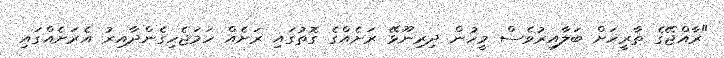
"ރާއްޖޭގެ ތާރީޚަށް ބަލާއިރުވެސް މީހުން ދިރިނޫޅޭ ރަށެއްގެ ގޮތުގައި ރަށެއް ހަމަޖެހިގެންދާއިރު އެރަށެއްގައި